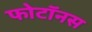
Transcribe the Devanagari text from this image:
फोटॉनस